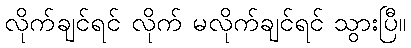
လိုက်ချင်ရင် လိုက် မလိုက်ချင်ရင် သွားပြီ။